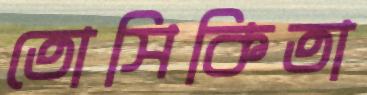
তোসিকিতা